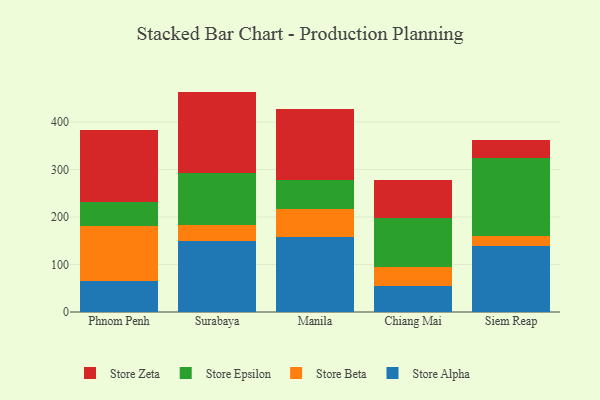
{"axis": {"x": "City", "y": "Gross Profit (USD K)"}, "legend": ["Store Alpha", "Store Beta", "Store Epsilon", "Store Zeta"], "data": [{"x": "Phnom Penh", "y": 65.0, "type": "Store Alpha"}, {"x": "Phnom Penh", "y": 116.3, "type": "Store Beta"}, {"x": "Phnom Penh", "y": 50.5, "type": "Store Epsilon"}, {"x": "Phnom Penh", "y": 151.5, "type": "Store Zeta"}, {"x": "Surabaya", "y": 149.7, "type": "Store Alpha"}, {"x": "Surabaya", "y": 34.2, "type": "Store Beta"}, {"x": "Surabaya", "y": 108.7, "type": "Store Epsilon"}, {"x": "Surabaya", "y": 171.3, "type": "Store Zeta"}, {"x": "Manila", "y": 158.9, "type": "Store Alpha"}, {"x": "Manila", "y": 57.6, "type": "Store Beta"}, {"x": "Manila", "y": 60.8, "type": "Store Epsilon"}, {"x": "Manila", "y": 150.2, "type": "Store Zeta"}, {"x": "Chiang Mai", "y": 55.2, "type": "Store Alpha"}, {"x": "Chiang Mai", "y": 38.8, "type": "Store Beta"}, {"x": "Chiang Mai", "y": 104.6, "type": "Store Epsilon"}, {"x": "Chiang Mai", "y": 78.9, "type": "Store Zeta"}, {"x": "Siem Reap", "y": 138.5, "type": "Store Alpha"}, {"x": "Siem Reap", "y": 22.1, "type": "Store Beta"}, {"x": "Siem Reap", "y": 163.9, "type": "Store Epsilon"}, {"x": "Siem Reap", "y": 36.9, "type": "Store Zeta"}]}